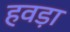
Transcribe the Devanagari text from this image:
हवड़ा